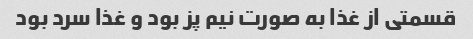
قسمتی از غذا به صورت نیم پز بود و غذا سرد بود